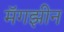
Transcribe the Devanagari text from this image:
मॅगझीन